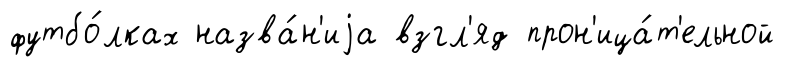
футбо́лках назва́н'иjа взгл'яд прон'ица́т'ельной